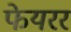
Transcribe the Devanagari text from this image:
फेयरर